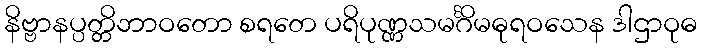
နိဗ္ဗာနပ္ပတ္တိဘာဝတော စရတေ ပရိပုဏ္ဏသမင်္ဂိမဓုရဝသေန ဒါဌာဝုဓ